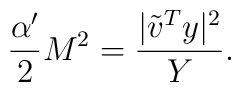
\frac{\alpha'}{2}M^{2}=\frac{|{\tilde v}^{T}y|^{2}}{Y}.